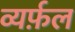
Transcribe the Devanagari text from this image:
व्यर्फ़ल